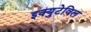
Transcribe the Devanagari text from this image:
इक्युटेविल